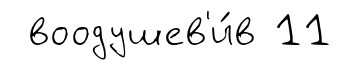
воодушев'и́в 11